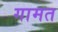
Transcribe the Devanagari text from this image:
गामत